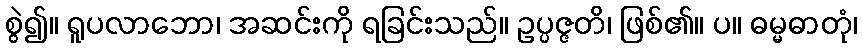
စွဲ၍။ ရူပလာဘော၊ အဆင်းကို ရခြင်းသည်။ ဥပ္ပဇ္ဇတိ၊ ဖြစ်၏။ ပ။ ဓမ္မဓာတုံ၊